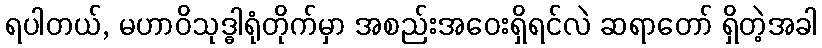
ရပါတယ်, မဟာဝိသုဒ္ဓါရုံတိုက်မှာ အစည်းအဝေးရှိရင်လဲ ဆရာတော် ရှိတဲ့အခါ